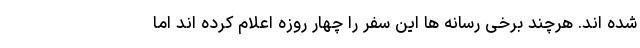
شده اند. هرچند برخی رسانه ها این سفر را چهار روزه اعلام کرده اند اما